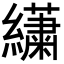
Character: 𦇋